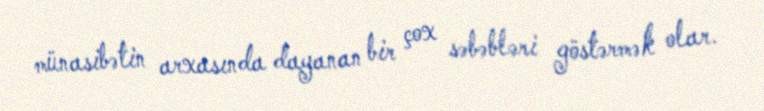
münasibətin arxasında dayanan bir çox səbəbləri göstərmək olar.